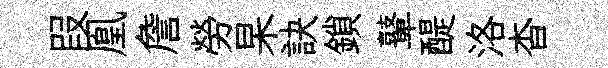
叚凰詹勞杲訣鎖鼙醍洛杳